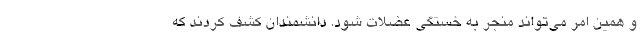
و همین امر می‌تواند منجر به خستگی عضلات شود. دانشمندان کشف کردند که